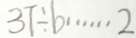
3 7 \div b \cdots 2